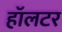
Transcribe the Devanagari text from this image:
हॉलटर